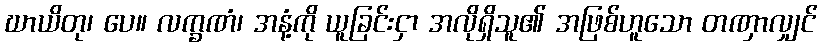
ဃာယိတု၊ ပေ။ လက္ခဏံ၊ အနံ့ကို ယူခြင်းငှာ အလိုရှိသူ၏ အဖြစ်ဟူသော တဏှာလျှင်